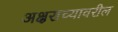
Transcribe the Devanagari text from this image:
अक्षराच्यावरील